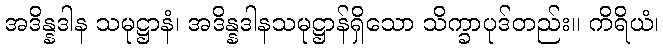
အဒိန္နဒါန သမုဋ္ဌာနံ၊ အဒိန္နဒါနသမုဋ္ဌာန်ရှိသော သိက္ခာပုဒ်တည်း။ ကိရိယံ၊